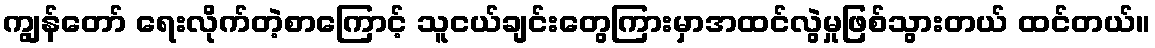
ကျွန်တော် ရေးလိုက်တဲ့စာကြောင့် သူငယ်ချင်းတွေကြားမှာအထင်လွဲမှုဖြစ်သွားတယ် ထင်တယ်။